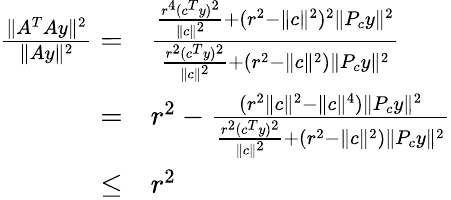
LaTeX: \begin{array}{rl}{\frac{\| A^{T}Ay\| ^{2}}{\| Ay\| ^{2}}=}&{\frac{\frac{r^{4}(c^{T}y)^{2}}{\| c\| ^{2}}+(r^{2}-\| c\| ^{2})^{2}\| P_{c}y\| ^{2}}{\frac{r^{2}(c^{T}y)^{2}}{\| c\| ^{2}}+(r^{2}-\| c\| ^{2})\| P_{c}y\| ^{2}}}\\ {=}&{r^{2}-\frac{(r^{2}\| c\| ^{2}-\| c\| ^{4})\| P_{c}y\| ^{2}}{\frac{r^{2}(c^{T}y)^{2}}{\| c\| ^{2}}+(r^{2}-\| c\| ^{2})\| P_{c}y\| ^{2}}}\\ {\leq}&{r^{2}}\end{array}